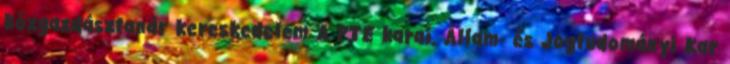
közgazdásztanár kereskedelem A PTE karai. Állam- és Jogtudományi Kar